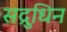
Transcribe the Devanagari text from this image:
सद्रुधिन